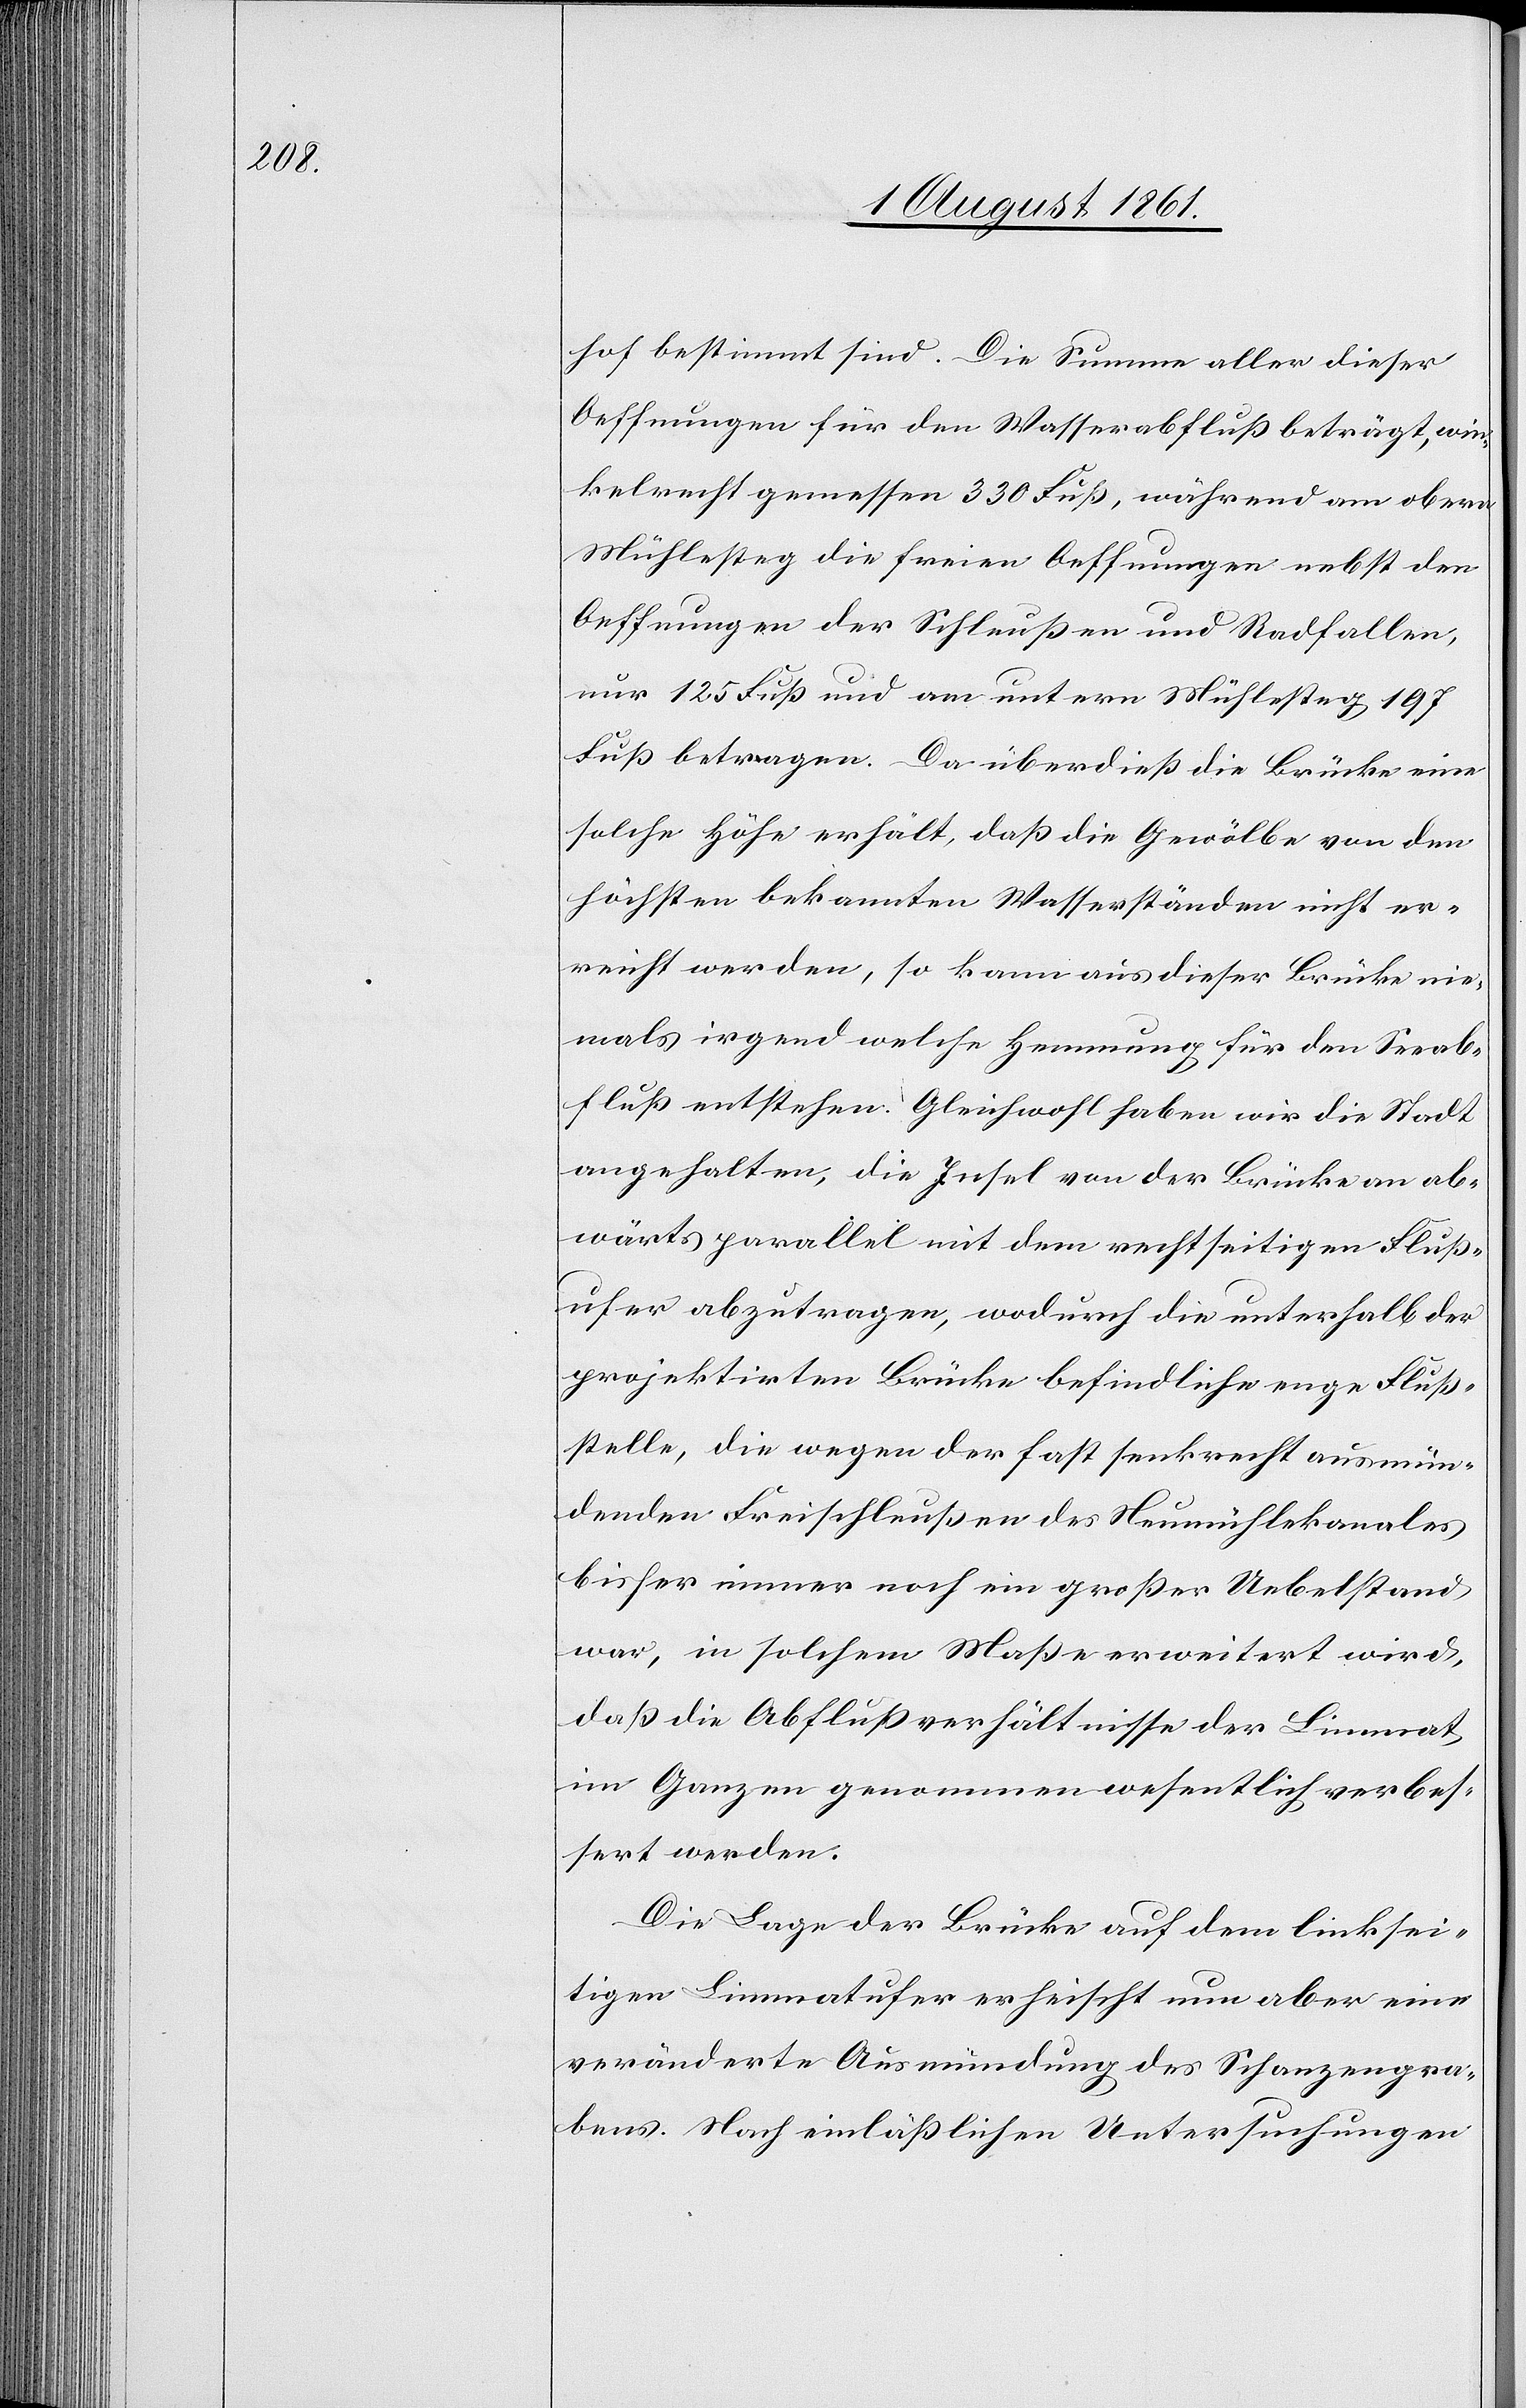
hof bestimmt sind. Die Summe aller dieser
Oeffnungen für den Wasserabfluß beträgt, win¬
kelrecht gemessen 330 Fuß, während am obern
Mühlesteg die freien Oeffnungen nebst den
Oeffnungen an der Schleußen und Radfallen,
nur 125 Fuß und am untern Mühlesteg 197
Fuß betragen. Da überdieß die Brücke eine
solche Höhe erhält, daß die Gewölbte von den
höchsten bekannten Wasserständen nicht er¬
reicht werden, so kann aus dieser Brücke nie¬
mals irgend welche Hemmung für den Seeab¬
fluß entstehen. Gleichwohl haben wir die Stadt
angehalten, die Insel von der Brücke an ab¬
wärts parallel mit dem rechtseitigen Fluß¬
ufer abzutragen, wodurch die unterhalb der
projektirten Brücke befindliche enge Fluß¬
stelle, die wegen der fast senkrecht ausmün¬
denden Freischleußen des Neumühlekanales
bisher immer noch ein großer Uebelstand
war, in solchem Maße erweitert wird,
daß die Abflußverhältnisse der Limmat
im Ganzen genommen wesentlich verbes¬
sert werden.
Die Lage der Brücke auf dem linksei¬
tigen Limmatufer erheischt nun aber eine
veränderte Ausmündung des Schanzengra¬
bens. Nach einläßlichen Untersuchungen